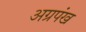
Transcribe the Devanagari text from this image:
अग्रपंख